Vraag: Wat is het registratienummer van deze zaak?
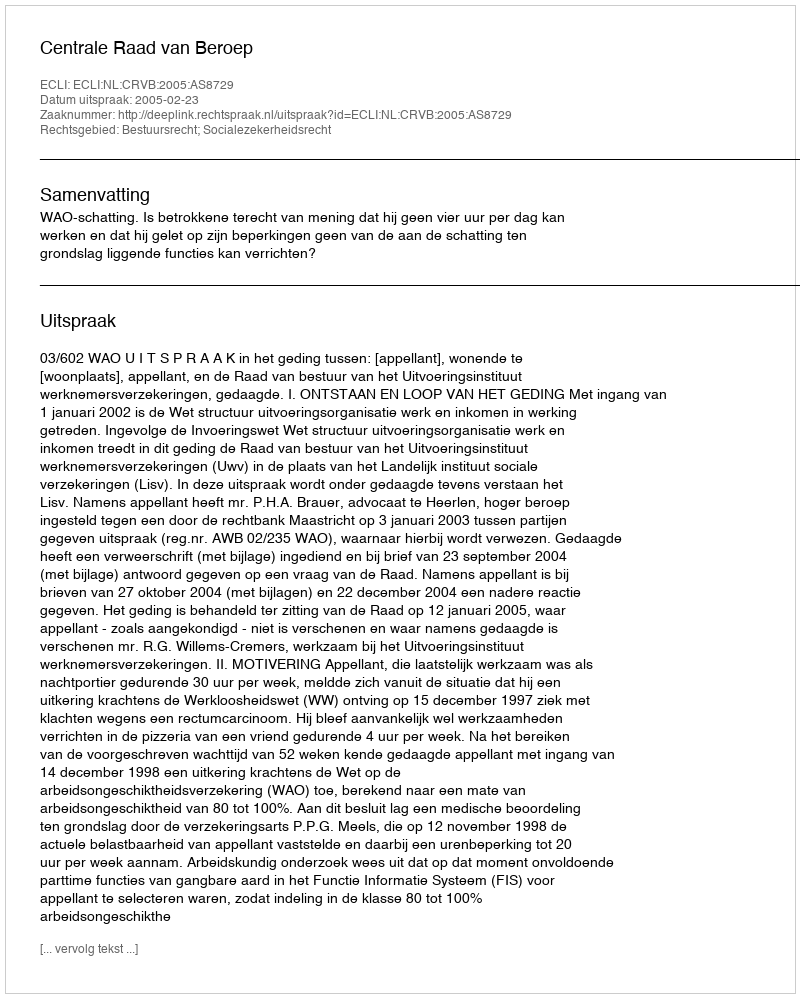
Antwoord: http://deeplink.rechtspraak.nl/uitspraak?id=ECLI:NL:CRVB:2005:AS8729